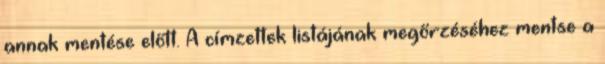
annak mentése előtt. A címzettek listájának megőrzéséhez mentse a